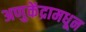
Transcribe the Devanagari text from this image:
अणुकेंद्रामधून